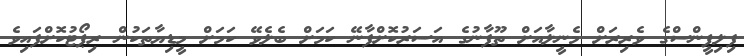
ފިލިޕީންސްގެ ވެރިރަށް މެނީލާއަށް ތޫފާނުގެ އަސަރުކޮށްފާނޭ ކަމަށް ބެލެވޭ ކަމަށް މީޑިޔާތަކުން ރިޕޯޓުކޮށްފައިވެ